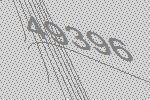
49396